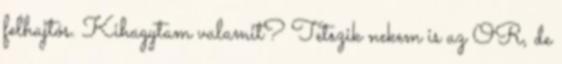
felhajtós. Kihagytam valamit? Tetszik nekem is az OR, de